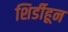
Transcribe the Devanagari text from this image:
शिर्डीहून